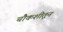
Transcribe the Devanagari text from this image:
चौकशीतून